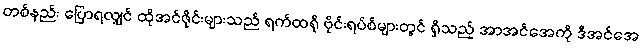
တစ်နည်း ပြောရလျှင် ထိုအင်ဇိုင်းများသည် ရက်ထရို ဗိုင်းရပ်စ်များတွင် ရှိသည့် အာအင်အေကို ဒီအင်အေ